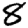
Digit: 8